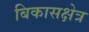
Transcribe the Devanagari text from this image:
बिकासक्षेत्र